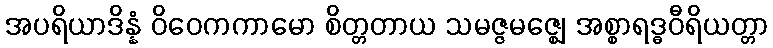
အပရိယာဒိန္နံ ဝိဝေကကာမော စိတ္တတာယ သမဇ္ဇမဇ္ဈေ အစ္စာရဒ္ဓဝီရိယတ္တာ